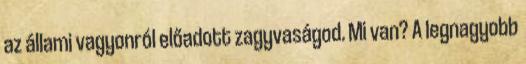
az állami vagyonról előadott zagyvaságod. Mi van? A legnagyobb